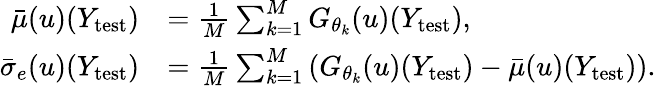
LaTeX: \begin{array}{rl}{\bar{\mu}(u)(Y_{\mathrm{test}})}&{=\frac{1}{M}\sum_{k=1}^{M}G_{\theta_{k}}(u)(Y_{\mathrm{test}}),}\\ {\bar{\sigma}_{e}(u)(Y_{\mathrm{test}})}&{=\frac{1}{M}\sum_{k=1}^{M}\left(G_{\theta_{k}}(u)(Y_{\mathrm{test}})-\bar{\mu}(u)(Y_{\mathrm{test}})\right).}\end{array}